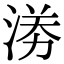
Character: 𭰼